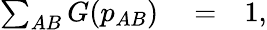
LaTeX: \begin{array}{rlr}{\sum_{AB}G(p_{AB})}&{{}=}&{1,}\end{array}